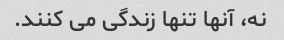
نه، آنها تنها زندگی می کنند.